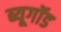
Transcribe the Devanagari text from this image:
ब्यूगॉड